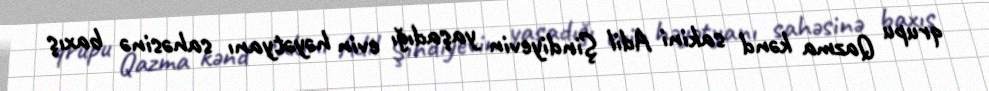
qrupu Qazma kənd sakini Adil Şindiyevin yaşadığı evin həyətyanı sahəsinə baxış